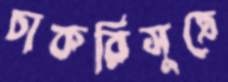
চাকরিসূত্রে